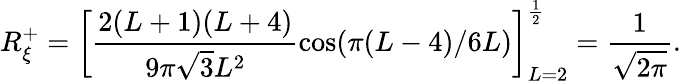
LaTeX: R_{\xi}^{+}=\left[\frac{2(L+1)(L+4)}{9\pi\sqrt{3}L^{2}}\cos(\pi(L-4)/6L)\right]_{L=2}^{\frac{1}{2}}=\frac{1}{\sqrt{2\pi}}.